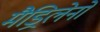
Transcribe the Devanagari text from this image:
मैड्रिलेनो